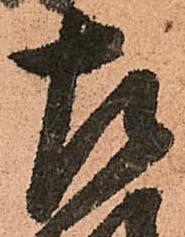
左